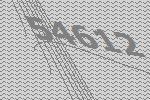
54612